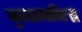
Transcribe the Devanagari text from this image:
नुकसानाविरुद्ध